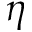
\eta